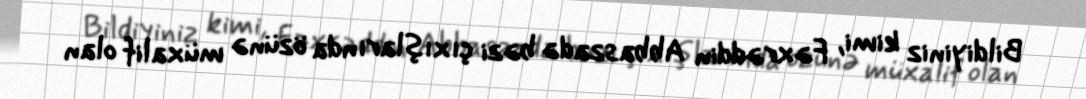
Bildiyiniz kimi, Fəxrəddin Abbaszadə bəzi çıxışlarında özünə müxalif olan